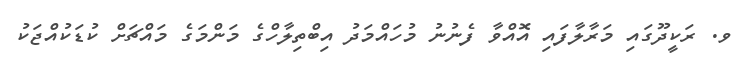
ވ. ރަކީދޫގައި މަރާލާފައި އޮއްވާ ފެނުނު މުހައްމަދު އިބްތިލާހްގެ މަންމަގެ މައްޗަށް ކުޑަކުއްޖަކު